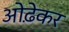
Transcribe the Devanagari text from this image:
ओढ़ेकर